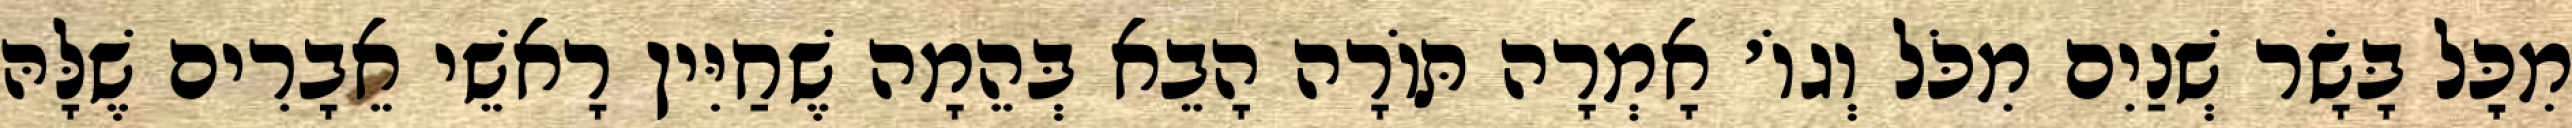
מִכׇּל בָּשָׂר שְׁנַיִם מִכֹּל וְגוֹ׳ אָמְרָה תּוֹרָה הָבֵא בְּהֵמָה שֶׁחַיִּין רָאשֵׁי אֵבָרִים שֶׁלָּהּ